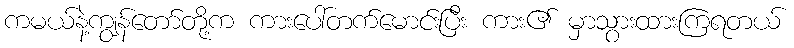
ကမယ်နဲ့ကျွန်တော်တို့က ကားပေါ်တက်မောင်းပြီး ကား၏ မှာသွားထားကြရတယ်